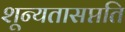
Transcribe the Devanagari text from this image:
शून्यतासप्तति